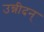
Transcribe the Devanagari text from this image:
उन्नीदन्